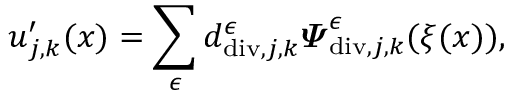
\begin{array} { r } { \boldsymbol { u } _ { j , \boldsymbol { k } } ^ { \prime } ( \boldsymbol { x } ) = \displaystyle \sum _ { \epsilon } d _ { \mathrm { d i v } , j , \boldsymbol { k } } ^ { \epsilon } \boldsymbol { \varPsi } _ { \mathrm { d i v } , j , \boldsymbol { k } } ^ { \epsilon } ( \boldsymbol { \xi } ( \boldsymbol { x } ) ) , } \end{array}